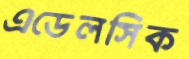
এডেলসিক